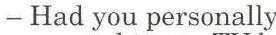
- Had you personally